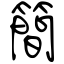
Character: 簡